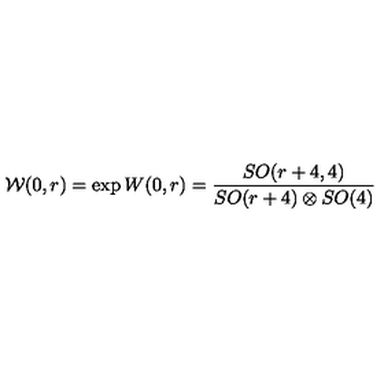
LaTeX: { \cal W } ( 0 , r ) = \exp { W ( 0 , r ) } = \frac { S O ( r + 4 , 4 ) } { S O ( r + 4 ) \otimes S O ( 4 ) }